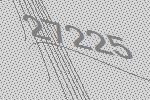
27225